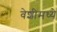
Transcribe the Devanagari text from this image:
वेशीमध्ये